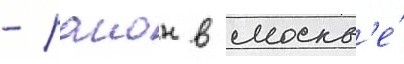
- раион в москв'е́